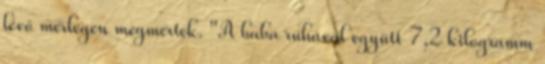
lévő mérlegen megmérték. "A baba ruhával együtt 7,2 kilogramm